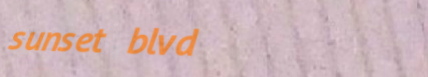
sunset blvd